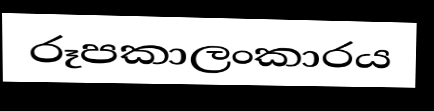
රූපකාලංකාරය